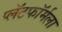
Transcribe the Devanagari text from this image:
प्लॅटफॉर्मला